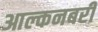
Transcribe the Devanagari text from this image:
आल्कनबरी